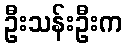
ဦးသန်းဦးက